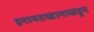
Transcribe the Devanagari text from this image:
इनायतखानाकडून